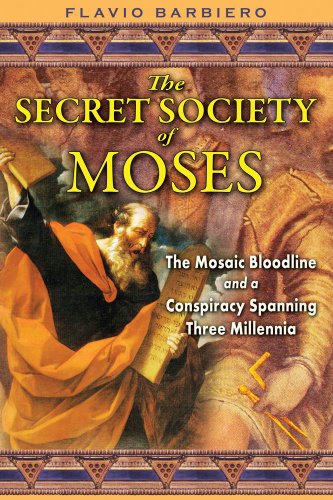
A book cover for The Secret Society of Moses: The Mosaic Bloodline and a Conspiracy Spanning Three Millennia; Flavio Barbiero; Religion & Spirituality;